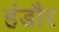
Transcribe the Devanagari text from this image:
हंडौर